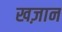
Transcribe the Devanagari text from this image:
खज़ान